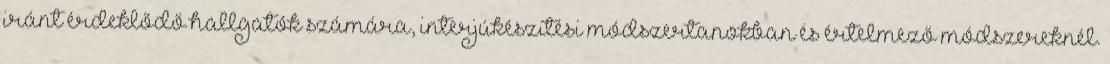
iránt érdeklődő hallgatók számára, interjúkészítési módszertanokban és értelmező módszereknél.